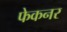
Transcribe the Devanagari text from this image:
फेकनर